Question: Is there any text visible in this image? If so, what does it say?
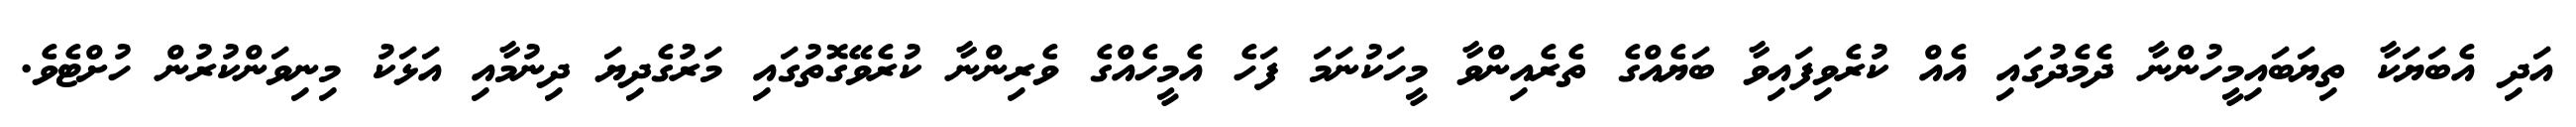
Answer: އަދި އެބަޔަކާ ތިޔަބައިމީހުންނާ ދެމެދުގައި އެއް ކުރެވިފައިވާ ބަޔެއްގެ ތެރެއިންވާ މީހަކުނަމަ ފަހެ އެމީހެއްގެ ވެރިންނާ ކުރެވޭގޮތުގައި މަރުގެދިޔަ ދިނުމާއި އަޅަކު މިނިވަންކުރުން ހުށްޓެވެ.